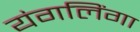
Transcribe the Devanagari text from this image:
यंगलिंगा